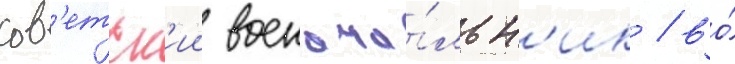
сов'етск'ии военача́льн'ик / во́